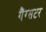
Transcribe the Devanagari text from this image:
गैंग्सटर